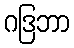
ဂဒြဘာ